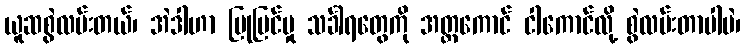
ယူဆစွဲလမ်းတယ်၊ အဲဒါဟာ ပြုပြင်မှု သင်္ခါရတွေကို အတ္တကောင် ငါကောင်လို့ စွဲလမ်းတာပါပဲ၊